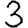
Digit: 3